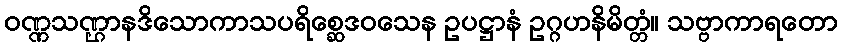
ဝဏ္ဏသဏ္ဌာနဒိသောကာသပရိစ္ဆေဒဝသေန ဥပဋ္ဌာနံ ဥဂ္ဂဟနိမိတ္တံ။ သဗ္ဗာကာရတော